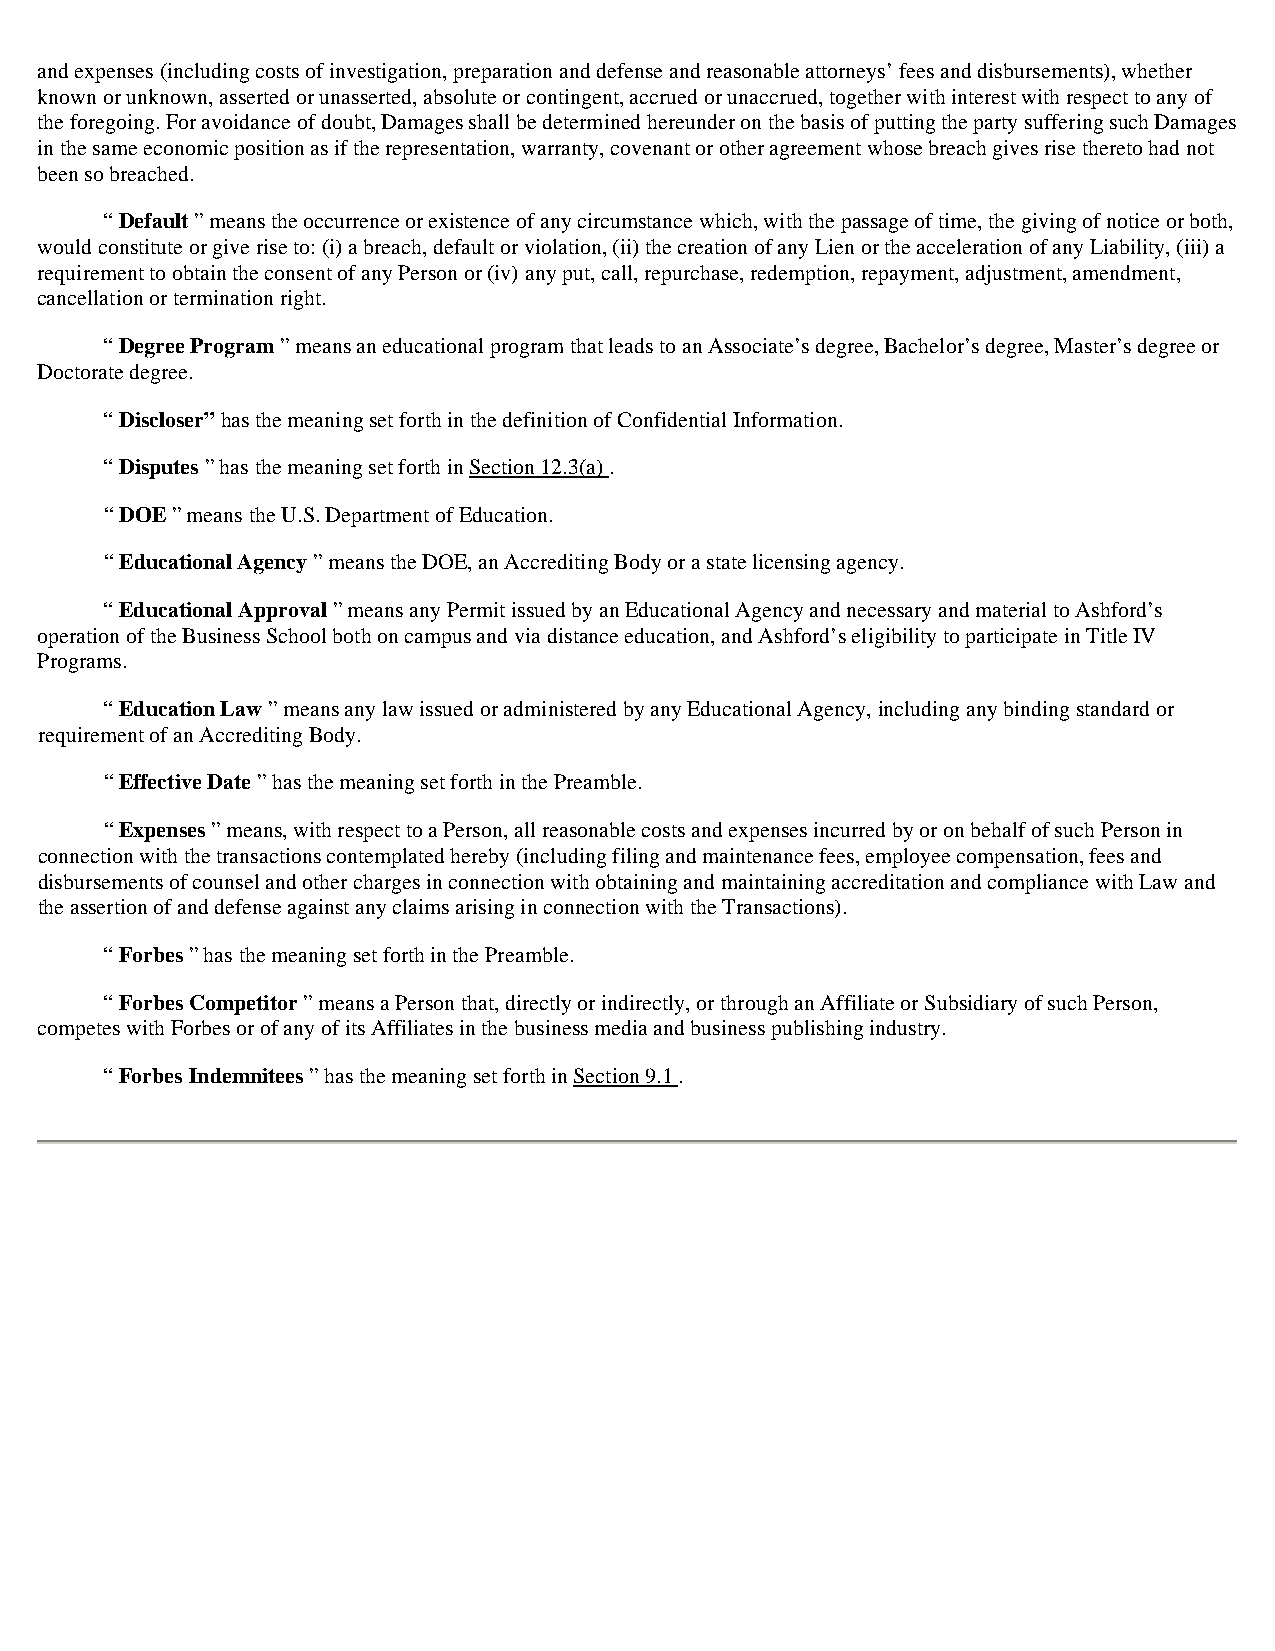
and expenses (including costs of investigation, preparation and defense and reasonable attorneys’ fees and disbursements), whether
 known or unknown, asserted or unasserted, absolute or contingent, accrued or unaccrued, together with interest with respect to any of
 the foregoing. For avoidance of doubt, Damages shall be determined hereunder on the basis of putting the party suffering such Damages
 in the same economic position as if the representation, warranty, covenant or other agreement whose breach gives rise thereto had not
 been so breached.
 “ Default ” means the occurrence or existence of any circumstance which, with the passage of time, the giving of notice or both,
 would constitute or give rise to: (i) a breach, default or violation, (ii) the creation of any Lien or the acceleration of any Liability, (iii) a
 requirement to obtain the consent of any Person or (iv) any put, call, repurchase, redemption, repayment, adjustment, amendment,
 cancellation or termination right.
 “ Degree Program ” means an educational program that leads to an Associate’s degree, Bachelor’s degree, Master’s degree or
 Doctorate degree.
 “ Discloser” has the meaning set forth in the definition of Confidential Information.
 “ Disputes ” has the meaning set forth in Section 12.3(a) .
 “ DOE ” means the U.S. Department of Education.
 “ Educational Agency ” means the DOE, an Accrediting Body or a state licensing agency.
 “ Educational Approval ” means any Permit issued by an Educational Agency and necessary and material to Ashford’s
 operation of the Business School both on campus and via distance education, and Ashford’s eligibility to participate in Title IV
 Programs.
 “ Education Law ” means any law issued or administered by any Educational Agency, including any binding standard or
 requirement of an Accrediting Body.
 “ Effective Date ” has the meaning set forth in the Preamble.
 “ Expenses ” means, with respect to a Person, all reasonable costs and expenses incurred by or on behalf of such Person in
 connection with the transactions contemplated hereby (including filing and maintenance fees, employee compensation, fees and
 disbursements of counsel and other charges in connection with obtaining and maintaining accreditation and compliance with Law and
 the assertion of and defense against any claims arising in connection with the Transactions).
 “ Forbes ” has the meaning set forth in the Preamble.
 “ Forbes Competitor ” means a Person that, directly or indirectly, or through an Affiliate or Subsidiary of such Person,
 competes with Forbes or of any of its Affiliates in the business media and business publishing industry.
 “ Forbes Indemnitees ” has the meaning set forth in Section 9.1 .